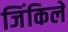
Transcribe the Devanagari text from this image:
जिंकिले